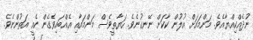
ނުދެއްކިއްޔާއެވެ. މަންމައަށް އުލުން ކާކަށް ނޭނގުނެވެ. ހަޔާތީވެސް މަންމައާއި އެއްބައިވެގެން ކެއީ އަތުންނެވެ.